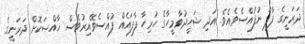
ދަރަނީގެ ފާފަ ނުފުއްސެވެއެވެ. އަދި ޝަހީދުވާމީހާގެ ހުރިހާ ފާފައެއް ފުއްސެވޭއިރުވެސް ޚާއްޞަކޮށް ދަރަނީގެ